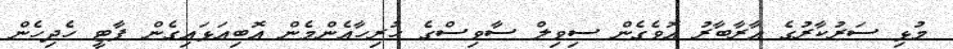
މުޅި ސަރުކާރުގެ އާރާބާރު އޮވެގެން ސިވިލް ސާވިސްގެ ހުރިހާއެންމެން އޮބިއަޅައިގެން ޕާޓީ ހެދިހެން